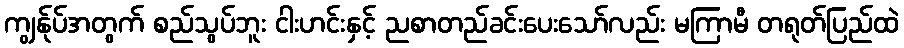
ကျွန်ုပ်အတွက် စည်သွပ်ဘူး ငါးဟင်းနှင့် ညစာတည်ခင်းပေးသော်လည်း မကြာမီ တရုတ်ပြည်ထဲ